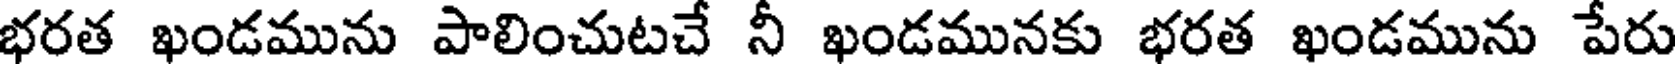
భరత ఖండమును పాలించుటచే నీ ఖండమునకు భరత ఖండమును పేరు